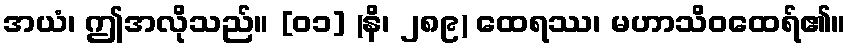
အယံ၊ ဤအလိုသည်။ [၀၁] (နိ၊ ၂၈၉) ထေရဿ၊ မဟာသိဝထေရ်၏။